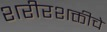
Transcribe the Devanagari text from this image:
शरीरशक्तीचे